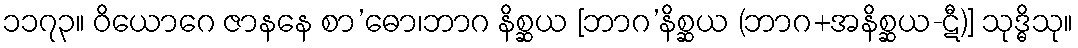
၁၁၇၃။ ဝိယောဂေ ဇာနနေ စာ’ဓော၊ဘာဂ နိစ္ဆယ [ဘာဂ’နိစ္ဆယ (ဘာဂ+အနိစ္ဆယ-ဋီ)] သုဒ္ဓိသု။